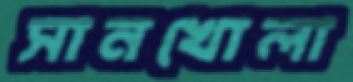
সানখোলা